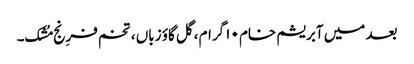
بعد میں آبریشم خام ۱۰ گرام ،گل گاؤ زباں ، تخم فرِنج مُشک۔